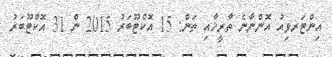
އިންޓަރވިއު އޮންނާނެ ތާރީޚާއި ތަން: 15 އޮކްޓޫބަރު 2015 ން 31 އޮކްޓޫބަރު